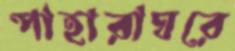
পাহারাঘরে